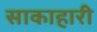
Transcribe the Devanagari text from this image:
साकाहारी